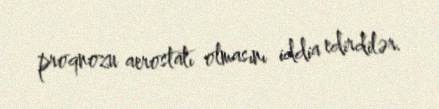
proqnozu aerostatı olmasını iddia edirdilər.